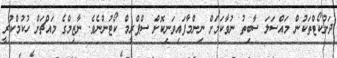
ދަށުކޯޓްތަކުން މައްސަލަ ސާބިތު ނުވާކަމަށް ނިންމާފައިވަނިކޮށް ސްޕްރީމް ކޯޓުންނެވެ. ނާޒިމްގެ މައްޗަށް ހުކުމްކުރީ